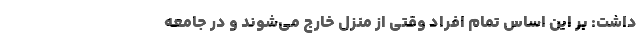
داشت: بر این اساس تمام افراد وقتی از منزل خارج می‌شوند و در جامعه